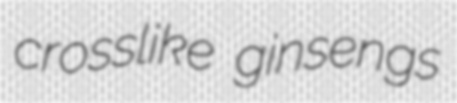
crosslike ginsengs